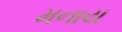
મનાય